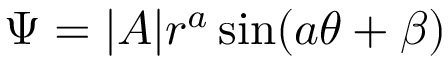
\Psi = | A | r ^ { a } \sin ( a \theta + \beta )